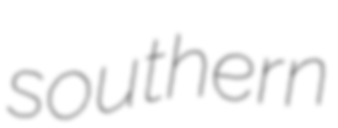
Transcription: southern